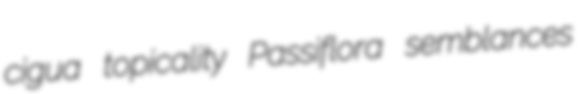
cigua topicality Passiflora semblances